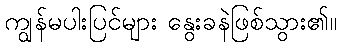
ကျွန်မပါးပြင်များ နွေးခနဲဖြစ်သွား၏။